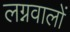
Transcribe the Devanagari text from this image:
लग्नवालों